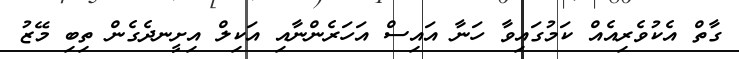
ގާތް އެކުވެރިއެއް ކަމުގައިވާ ހަނާ އައިސް އަހަރެންނާއި އަކިލް އިށީނދެގެން ތިބި މޭޒު